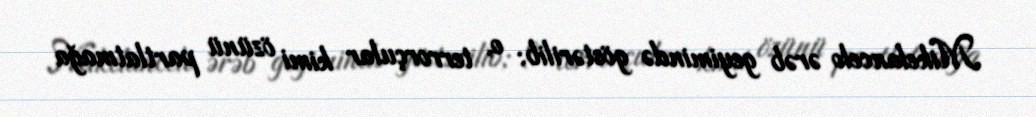
Mikelancelo ərəb geyimində göstərilib; o, terrorçular kimi özünü partlatmağa